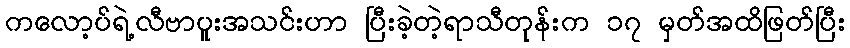
ကလော့ပ်ရဲ့လီဗာပူးအသင်းဟာ ပြီးခဲ့တဲ့ရာသီတုန်းက ၁၇ မှတ်အထိဖြတ်ပြီး